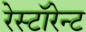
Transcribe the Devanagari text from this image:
रेस्टॉरेन्ट